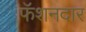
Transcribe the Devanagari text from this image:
फॅशनदार